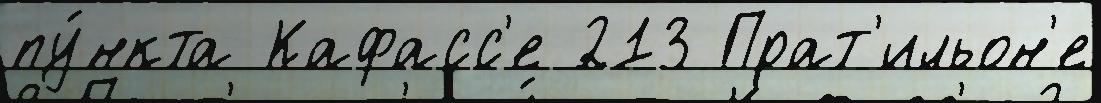
пу́нкта Кафасс'е 213 Прат'ильон'е